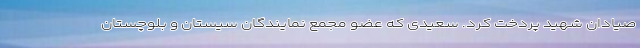
صیادان شهید پردخت کرد. سعیدی که عضو مجمع نمایندگان سیستان و بلوچستان